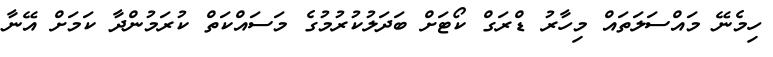
ހިމެނޭ މައްސަލަތައް މިހާރު ޑްރަގް ކޯޓަށް ބަދަލުކުރުމުގެ މަސައްކަތް ކުރަމުންދާ ކަމަށް އޭނާ